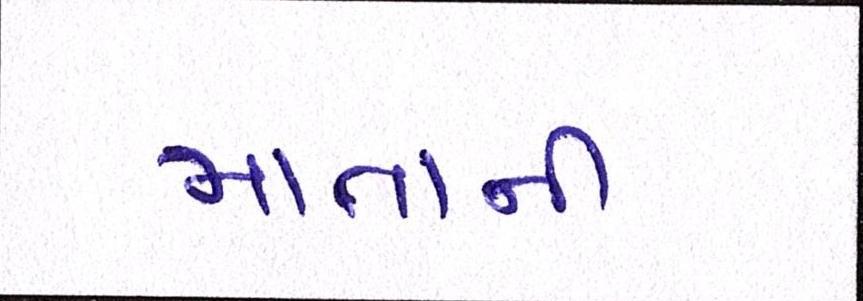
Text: માતાની